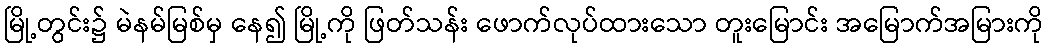
မြို့တွင်း၌ မဲနမ်မြစ်မှ နေ၍ မြို့ကို ဖြတ်သန်း ဖောက်လုပ်ထားသော တူးမြောင်း အမြောက်အမြားကို